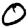
Digit: 0